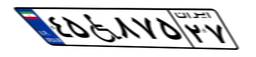
۴۵W۸۷۵۲۷